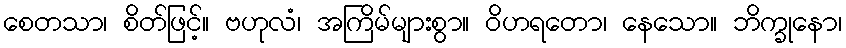
စေတသာ၊ စိတ်ဖြင့်။ ဗဟုလံ၊ အကြိမ်များစွာ။ ဝိဟရတော၊ နေသော။ ဘိက္ခုနော၊